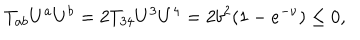
T _ { a b } U ^ { a } U ^ { b } = 2 T _ { 3 4 } U ^ { 3 } U ^ { 4 } = 2 b ^ { 2 } ( 1 - e ^ { - \nu } ) \le 0 ,